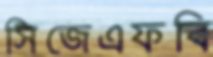
সিজেএফবি